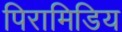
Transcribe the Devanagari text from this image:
पिरामिडिय